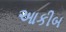
આકીબ